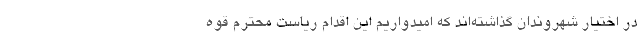
در اختیار شهروندان گذاشته‌اند که امیدواریم این اقدام ریاست محترم قوه